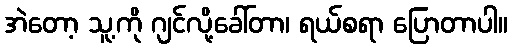
အဲတော့ သူ့ကို ဂျင်လို့ခေါ်တာ၊ ရယ်စရာ ပြောတာပါ။